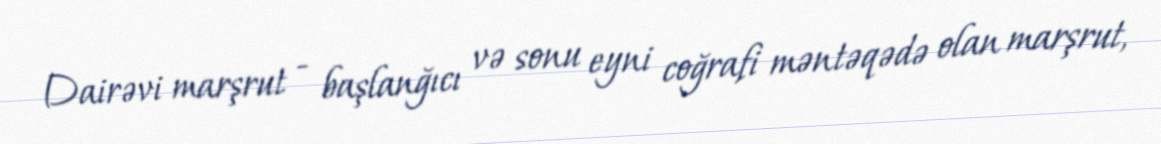
Dairəvi marşrut - başlanğıcı və sonu eyni coğrafi məntəqədə olan marşrut,